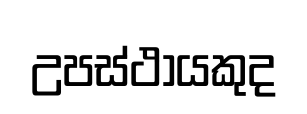
උපස්ථායකුද